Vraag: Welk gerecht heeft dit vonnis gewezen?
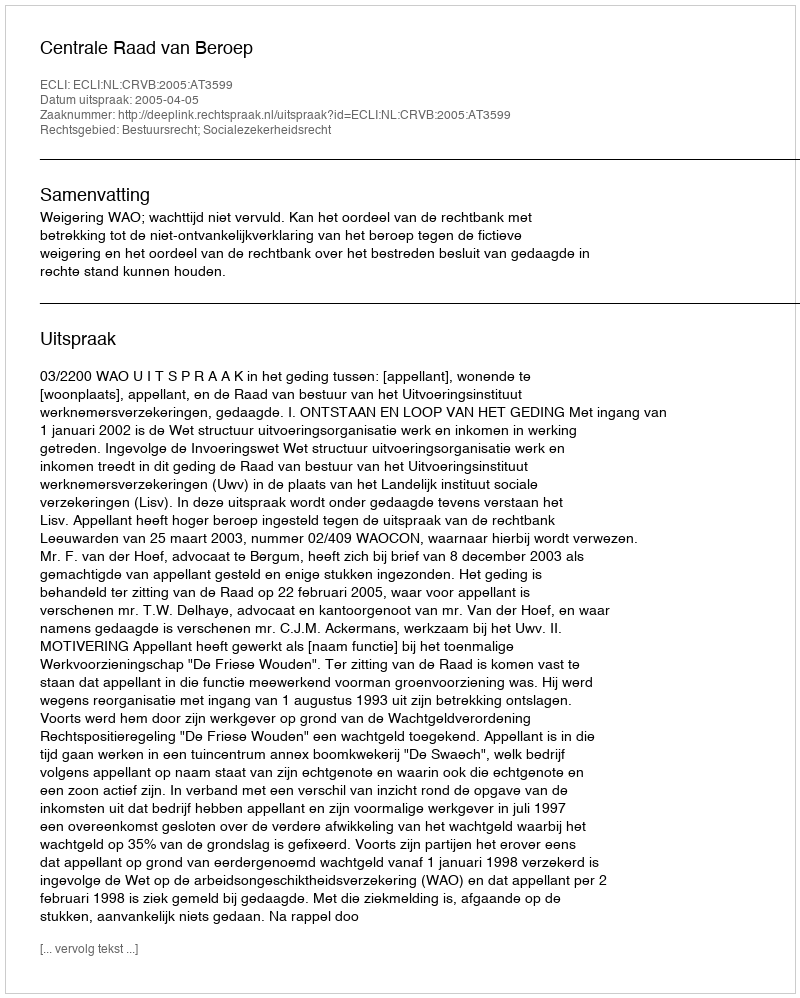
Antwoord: Centrale Raad van Beroep